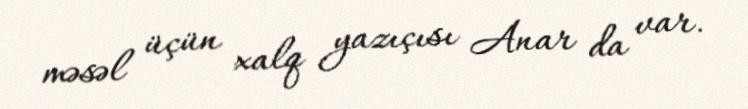
məsəl üçün xalq yazıçısı Anar da var.